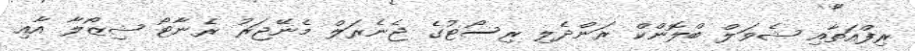
ރިފްއަތާއި ޝެވަލް ބްލޮންކް ރަންދެލި ރިސޯޓުގެ ޖެނެރަލް މެނޭޖަރު ރެނާޓޯ ޝިޒޯލާ އާއި